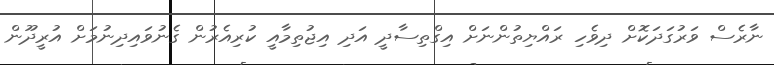
ނާރެސް ވަރުގަދަކޮށް ދިވެހި ރައްޔިތުންނަށް އިގްތިސާދީ އަދި އިޖުތިމާއީ ކުރިއެރުން ގެނުވައިދިނުމަށް އުރީދޫން